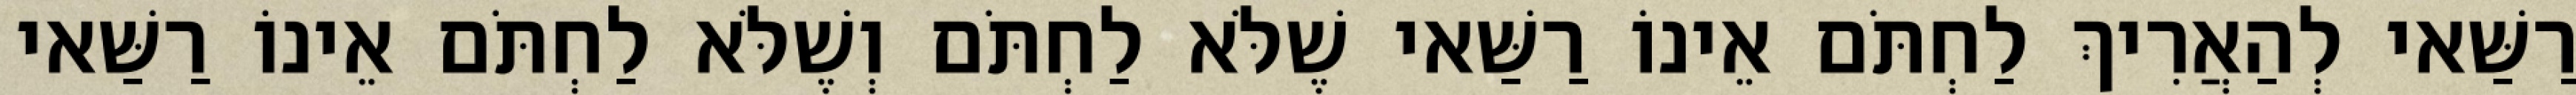
רַשַּׁאי לְהַאֲרִיךְ לַחְתֹּם אֵינוֹ רַשַּׁאי שֶׁלֹּא לַחְתֹּם וְשֶׁלֹּא לַחְתֹּם אֵינוֹ רַשַּׁאי